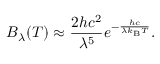
B _ { \lambda } ( T ) \approx { \frac { 2 h c ^ { 2 } } { \lambda ^ { 5 } } } e ^ { - { \frac { h c } { \lambda k _ { \mathrm { B } } T } } } .